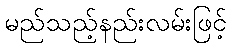
မည်သည့်နည်းလမ်းဖြင့်